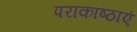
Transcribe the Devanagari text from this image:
पराकाष्ठाएं